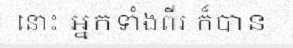
នោះ អ្នកទាំងពីរ ក៏បាន